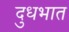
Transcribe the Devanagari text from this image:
दुधभात